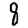
Digit: 8